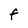
Character: F